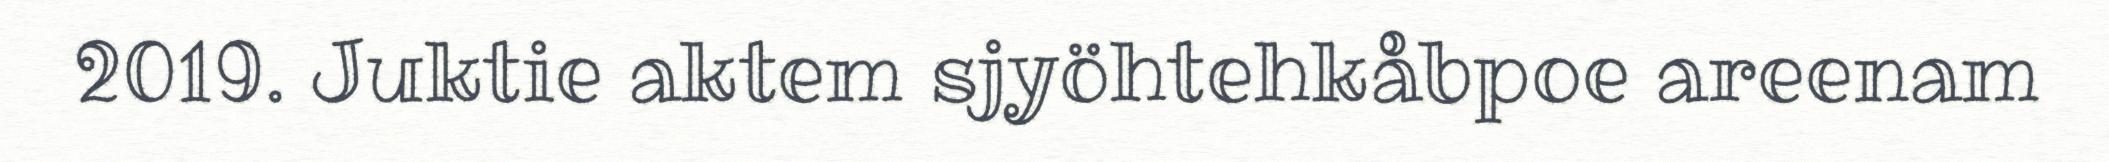
2019. Juktie aktem sjyöhtehkåbpoe areenam